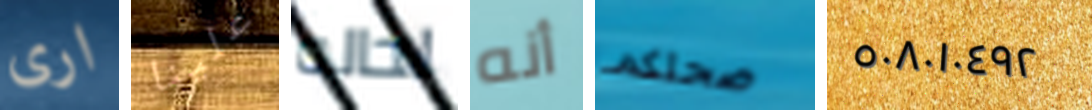
ارى علينا لحاله أنه صحتكم ٥٠٨٠١٠٤٩٢